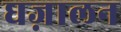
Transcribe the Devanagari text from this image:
घज़ालन